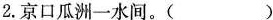
2.京口瓜洲一水间。( )